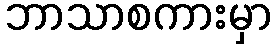
ဘာသာစကားမှာ